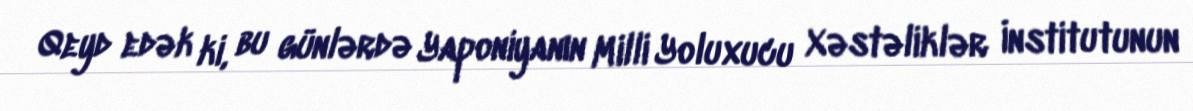
Qeyd edək ki, bu günlərdə Yaponiyanın Milli Yoluxucu Xəstəliklər İnstitutunun